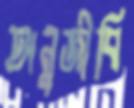
অনুজীবি